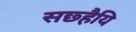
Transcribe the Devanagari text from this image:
सछ्हैयि